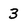
Character: 3